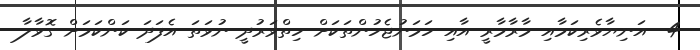
4- އަނިޔާވެރިކަމާއި މާރާމާރީ އާއި ހަމަނުޖެހުންތަކަށް ހިތްވަރުދީ ނުވަތަ އެފަދަ ކަންކަމަށް ގޮވާލާ